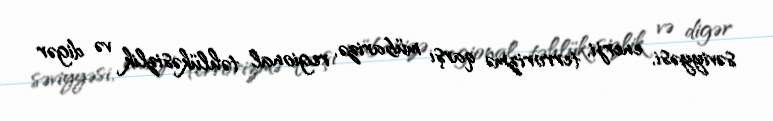
səviyyəsi, enerji, terrorizmə qarşı mübarizə, regional təhlükəsizlik və digər